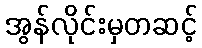
အွန်လိုင်းမှတဆင့်